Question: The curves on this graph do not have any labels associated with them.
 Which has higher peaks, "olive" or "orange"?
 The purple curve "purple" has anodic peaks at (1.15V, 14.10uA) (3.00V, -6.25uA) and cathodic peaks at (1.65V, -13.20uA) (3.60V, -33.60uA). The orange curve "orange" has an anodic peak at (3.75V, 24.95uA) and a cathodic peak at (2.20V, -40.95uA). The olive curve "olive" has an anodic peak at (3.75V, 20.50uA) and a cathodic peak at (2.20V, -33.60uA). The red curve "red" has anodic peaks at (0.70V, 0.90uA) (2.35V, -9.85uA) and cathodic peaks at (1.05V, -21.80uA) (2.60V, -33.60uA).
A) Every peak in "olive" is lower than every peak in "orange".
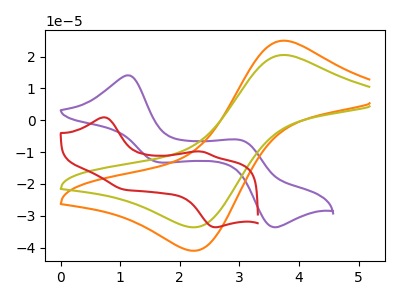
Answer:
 <answer>A) Every peak in "olive" is lower than every peak in "orange".</answer>
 <eval>A</eval>